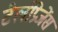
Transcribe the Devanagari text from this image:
टेलीप्रेजेंस